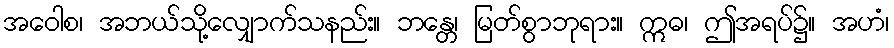
အဝေါစ၊ အဘယ်သို့လျှောက်သနည်း။ ဘန္တေ၊ မြတ်စွာဘုရား။ ဣဓ၊ ဤအရပ်၌။ အဟံ၊